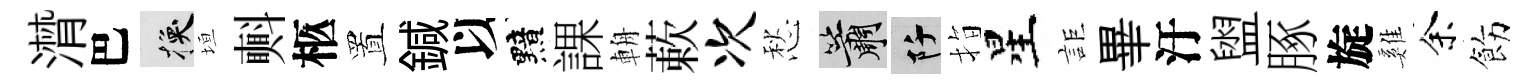
潸巴换垣㪺柩置鍼以黯課輈蔌次愁簫阡指星詎畢汙盥䐁旋雞余飭